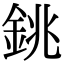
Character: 銚